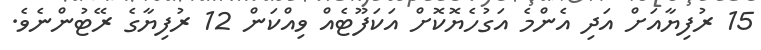
15 ރުފިޔާއަށް އަދި އެންމެ އަގުހެޔޮކޮށް އަކަފޫޓެއް ވިއްކަން 12 ރުފިޔާގެ ރޭޓުންނެވެ.